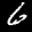
Label: 6